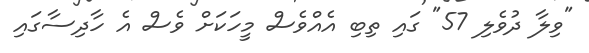
"ވިލާ ދުވެލި 57" ގައި ތިބި އެއްވެސް މީހަކަށް ވެސް އެ ހާދިސާގައި